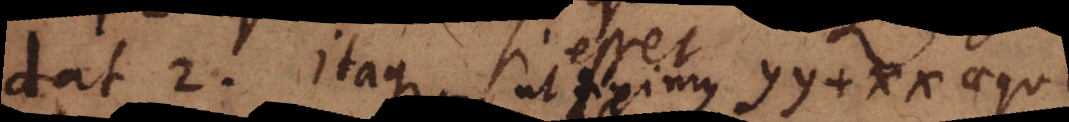
dat 2. Itaque si esset yy + xx aequ